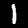
Digit: 1